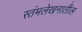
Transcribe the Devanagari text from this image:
स्तंभलेखनातील